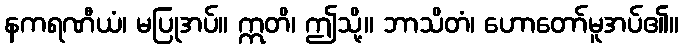
နကရဏီယံ၊ မပြုအပ်။ ဣတိ၊ ဤသို့။ ဘာသိတံ၊ ဟောတော်မူအပ်၏။